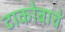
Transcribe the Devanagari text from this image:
टाकोबाचे